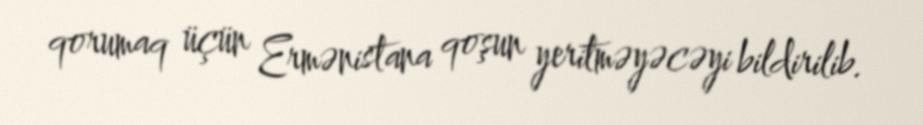
qorumaq üçün Ermənistana qoşun yeritməyəcəyi bildirilib.